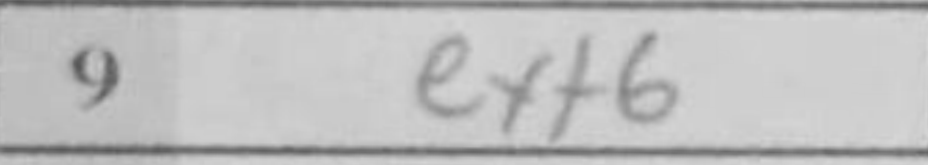
Transcription: exf6